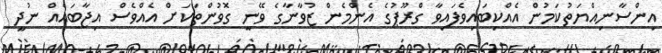
އިންސާނިއްޔަތުކަމުން އެއްކިބައިވެފައިވާ ގްރޫޕުގެ އެންމެން ޒުވާނާގެ ވޭނީ ގޮވުންތަކަށް އެއްވެސް އިޖާބައެއް ނުދީ